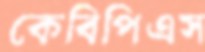
কেবিপিএস